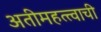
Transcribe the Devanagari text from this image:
अतीमहत्त्वाची